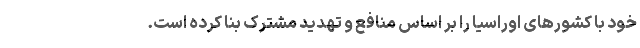
خود با کشورهای اوراسیا را بر اساس منافع و تهدید مشترک بنا کرده است.